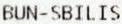
BUN-SBILIS